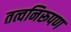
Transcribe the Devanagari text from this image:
तत्वनिरूपण